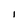
Character: l